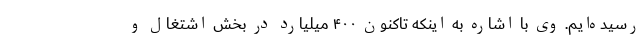
رسیده‌ایم. وی با اشاره به اینکه تاکنون ۴۰۰ میلیارد در بخش اشتغال و